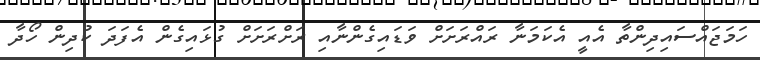
ހަމަޖައްސައިދިންތާ އެއީ އެކަމަނާ ރައްރަށަށް ވަޑައިގެންނާއި ރަށްރަށަށް ގުޅައިގެން އެފަދަ ކުދިން ހޯދާ